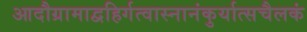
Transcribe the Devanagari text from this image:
आदौग्रामाद्वहिर्गत्वास्नानंकुर्यात्सचैलकं